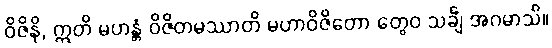
ဝိဇိနိ, ဣတိ မဟန္တံ ဝိဇိတမဿာတိ မဟာဝိဇိတော တွေဝ သင်္ချံ အဂမာသိ။